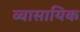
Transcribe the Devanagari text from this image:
व्वासायिक